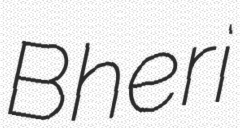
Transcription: Bheri